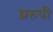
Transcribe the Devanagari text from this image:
प्ररुपी